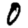
Digit: 0